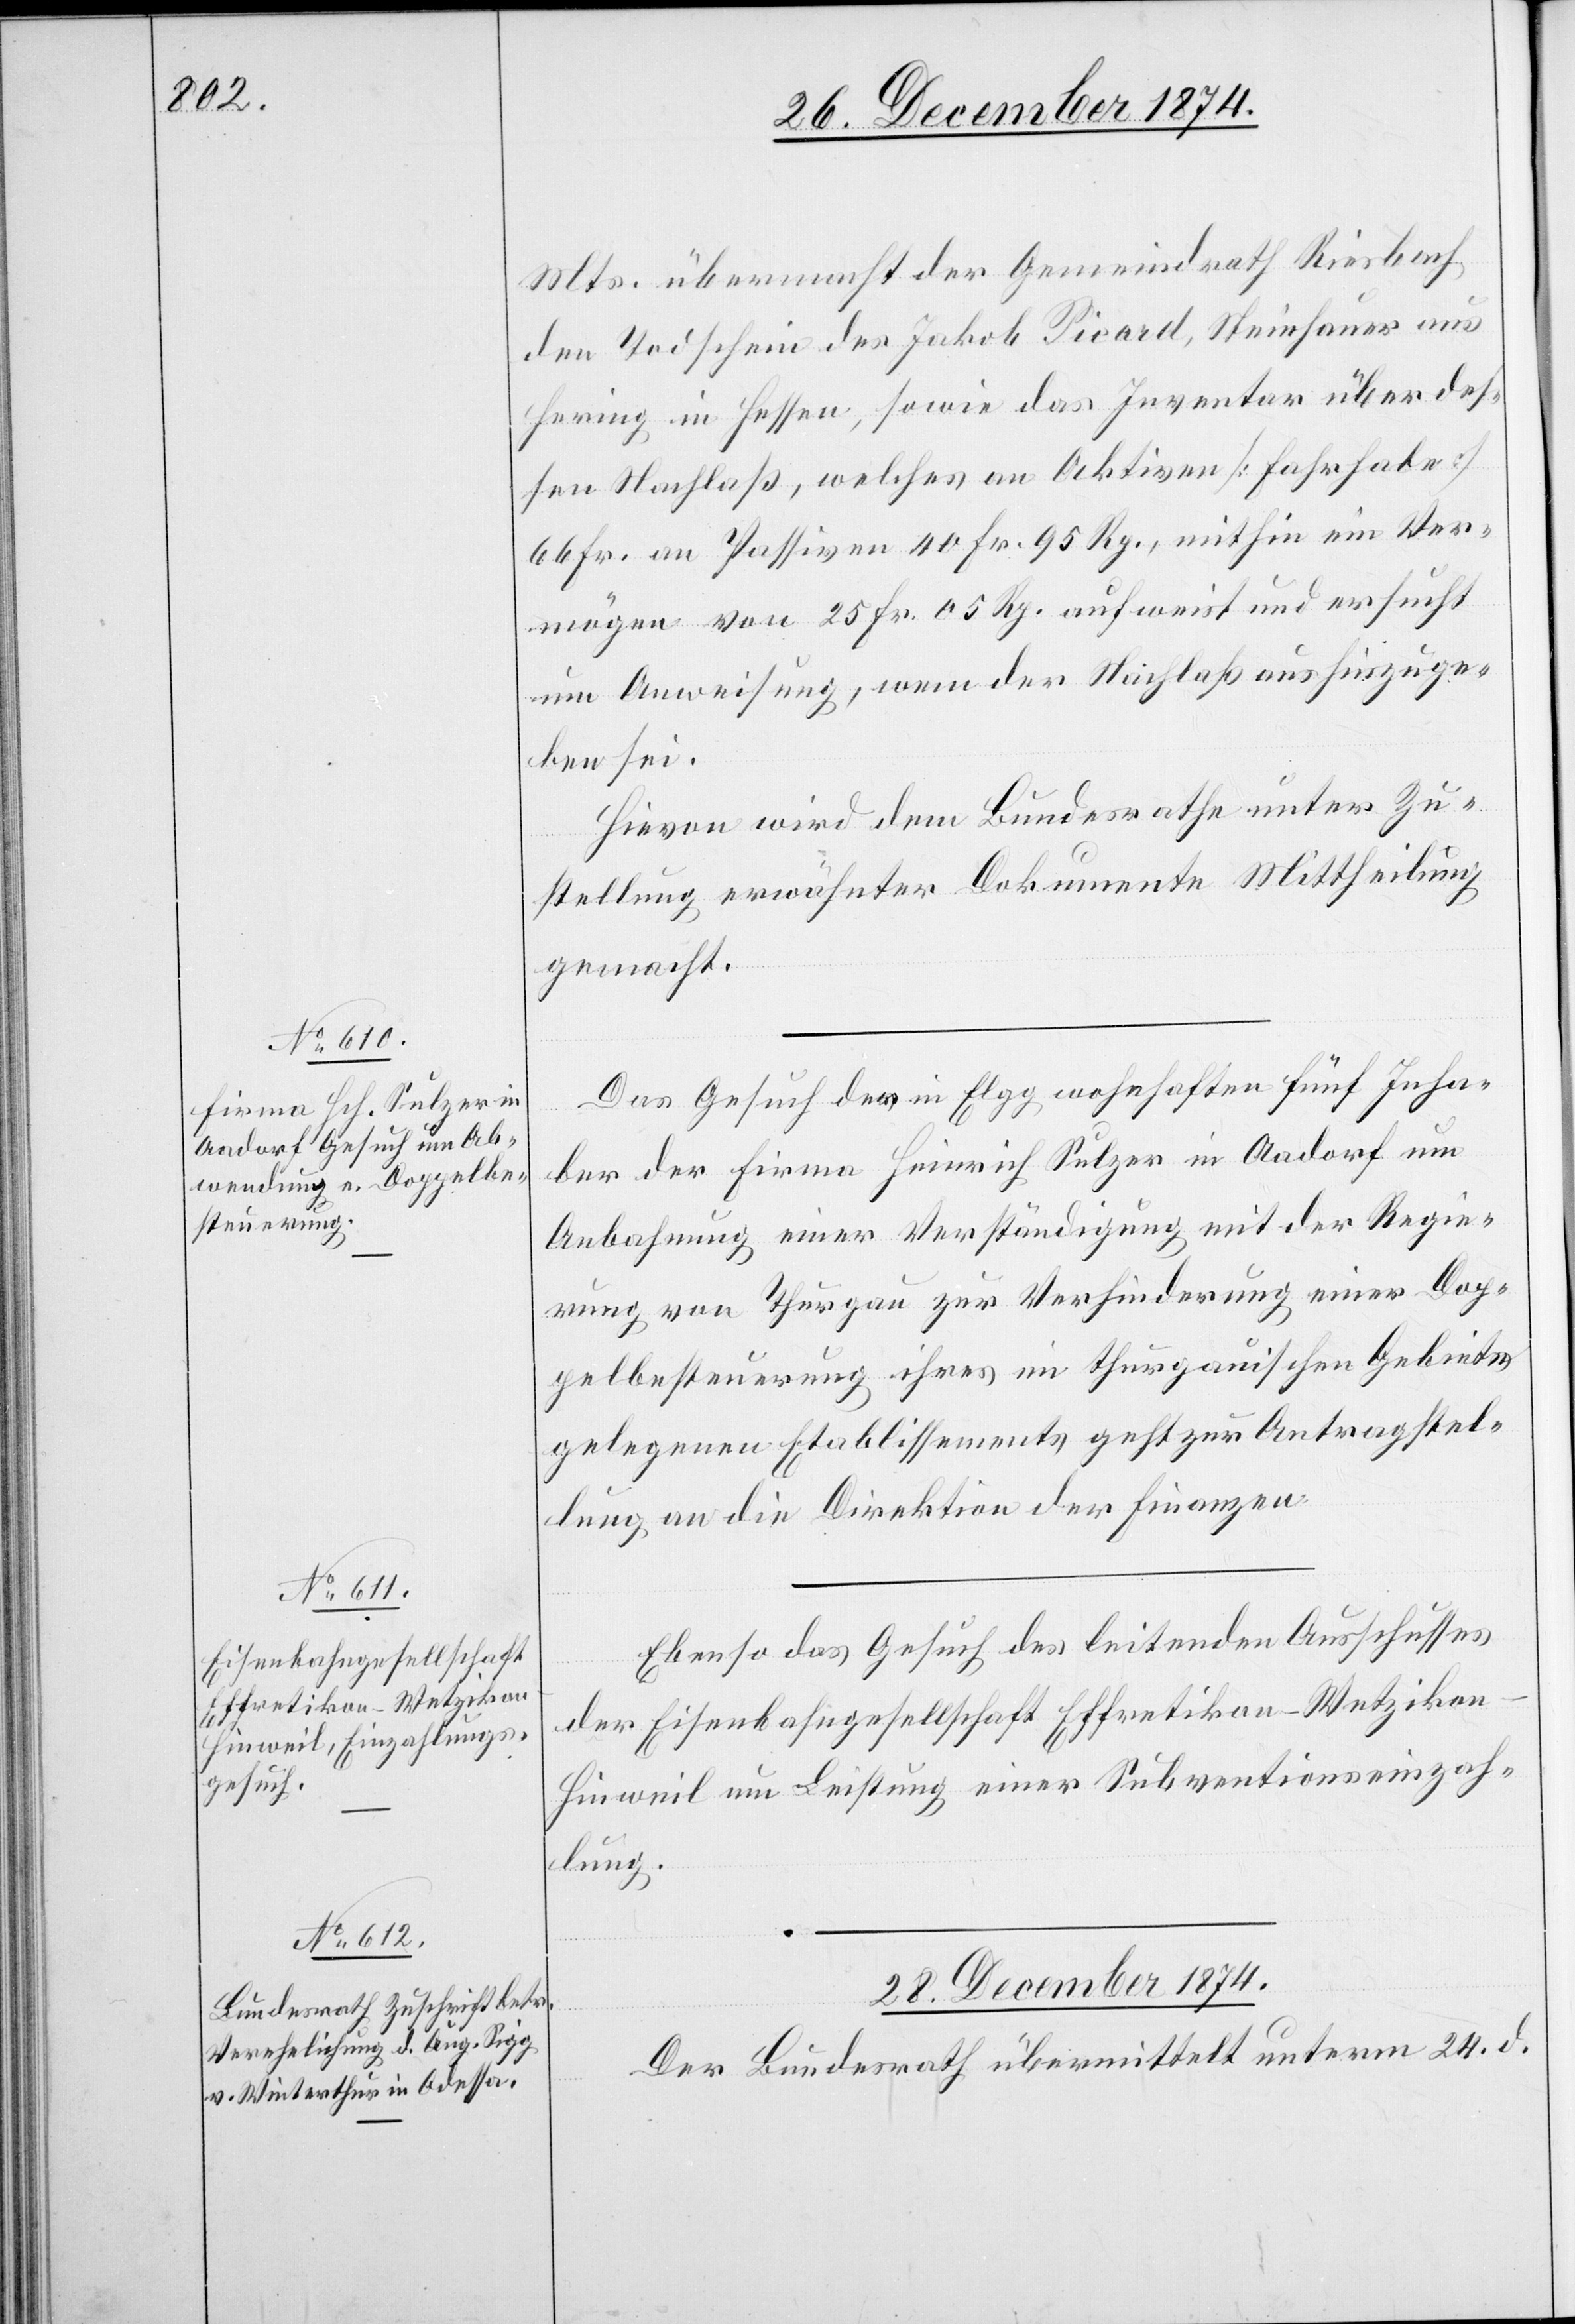
26. December 1874.]
Mts. übermacht der Gemeindrath Riesbach
den Todschein des Jakob Picard, Steinhauer aus
Hering in Hessen, sowie das Inventar über des¬
sen Nachlaß, welches an Aktiven [Fahrhabe]
66 Fr.[,] an Passiven 40 Fr. 95 Rp., mithin ein Ver¬
mögen von 25. Fr. 05 Rp. aufweist und ersucht
um Anweisung, wem der Nachlaß aushinzuge¬
ben sei.
Hievon wird dem Bundesrathe unter Zu¬
stellung erwähnter Dokumente Mittheilung
gemacht.
Das Gesuch der in Elgg wohnhaften fünf Inha¬
ber der Firma Heinrich Sulzer in Aadorf um
Anbahnung einer Verständigung mit der Regie¬
rung von Thurgau zur Verhinderung einer Dop¬
pelbesteuerung ihres im thurgauischen Gebiete
gelegenen Etablissements geht zur Antragstel¬
lung an die Direktion der Finanzen.
Ebenso das Gesuch des leitenden Ausschusses
der Eisenbahngesellschaft Effretikon–Wetziko¬
n–Hinweil um Leistung einer Subventionseinzah¬
lung.
28. December 1874.
Der Bundesrath übermittelt unterm 24. d.